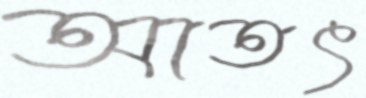
আতৎ